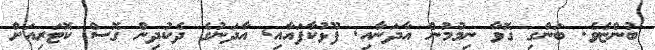
ބުންޏެވެ. ބަންގި ގޮވާ ނިމުމުން އާދަނާއި